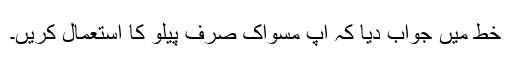
خط میں جواب دیا کہ آپ مسواک صرف پیلو کا استعمال کریں۔